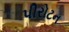
પીરોટન